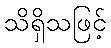
သိရှိသဖြင့်